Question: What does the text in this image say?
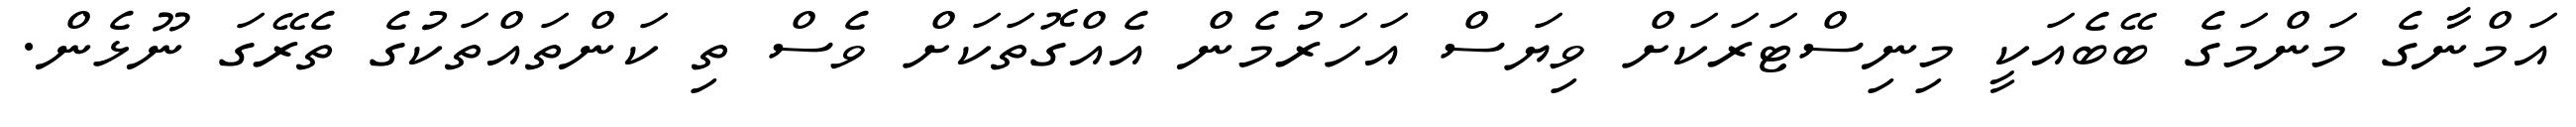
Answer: އަމްނާގެ މަންމަގެ ބޭބެއަކީ މިނިސްޓަރަކަށް ވިޔަސް އަހަރުމެން އެއްގޮތަކަށް ވެސް ތި ކަންތައްތަކުގެ ތެރޭގަ ނޫޅެން.